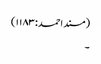
(مسند احمد:۱۱۸۳)
۔